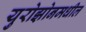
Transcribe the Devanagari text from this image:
युरोझोनमधील